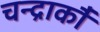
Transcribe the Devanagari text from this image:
चन्द्रार्कौ